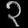
Digit: ၃